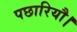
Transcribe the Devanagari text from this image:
पछारियौ।